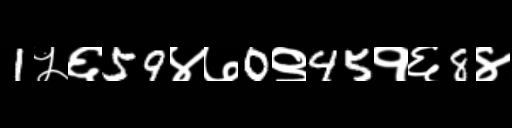
Text: 1५६59४७0९45१६8४